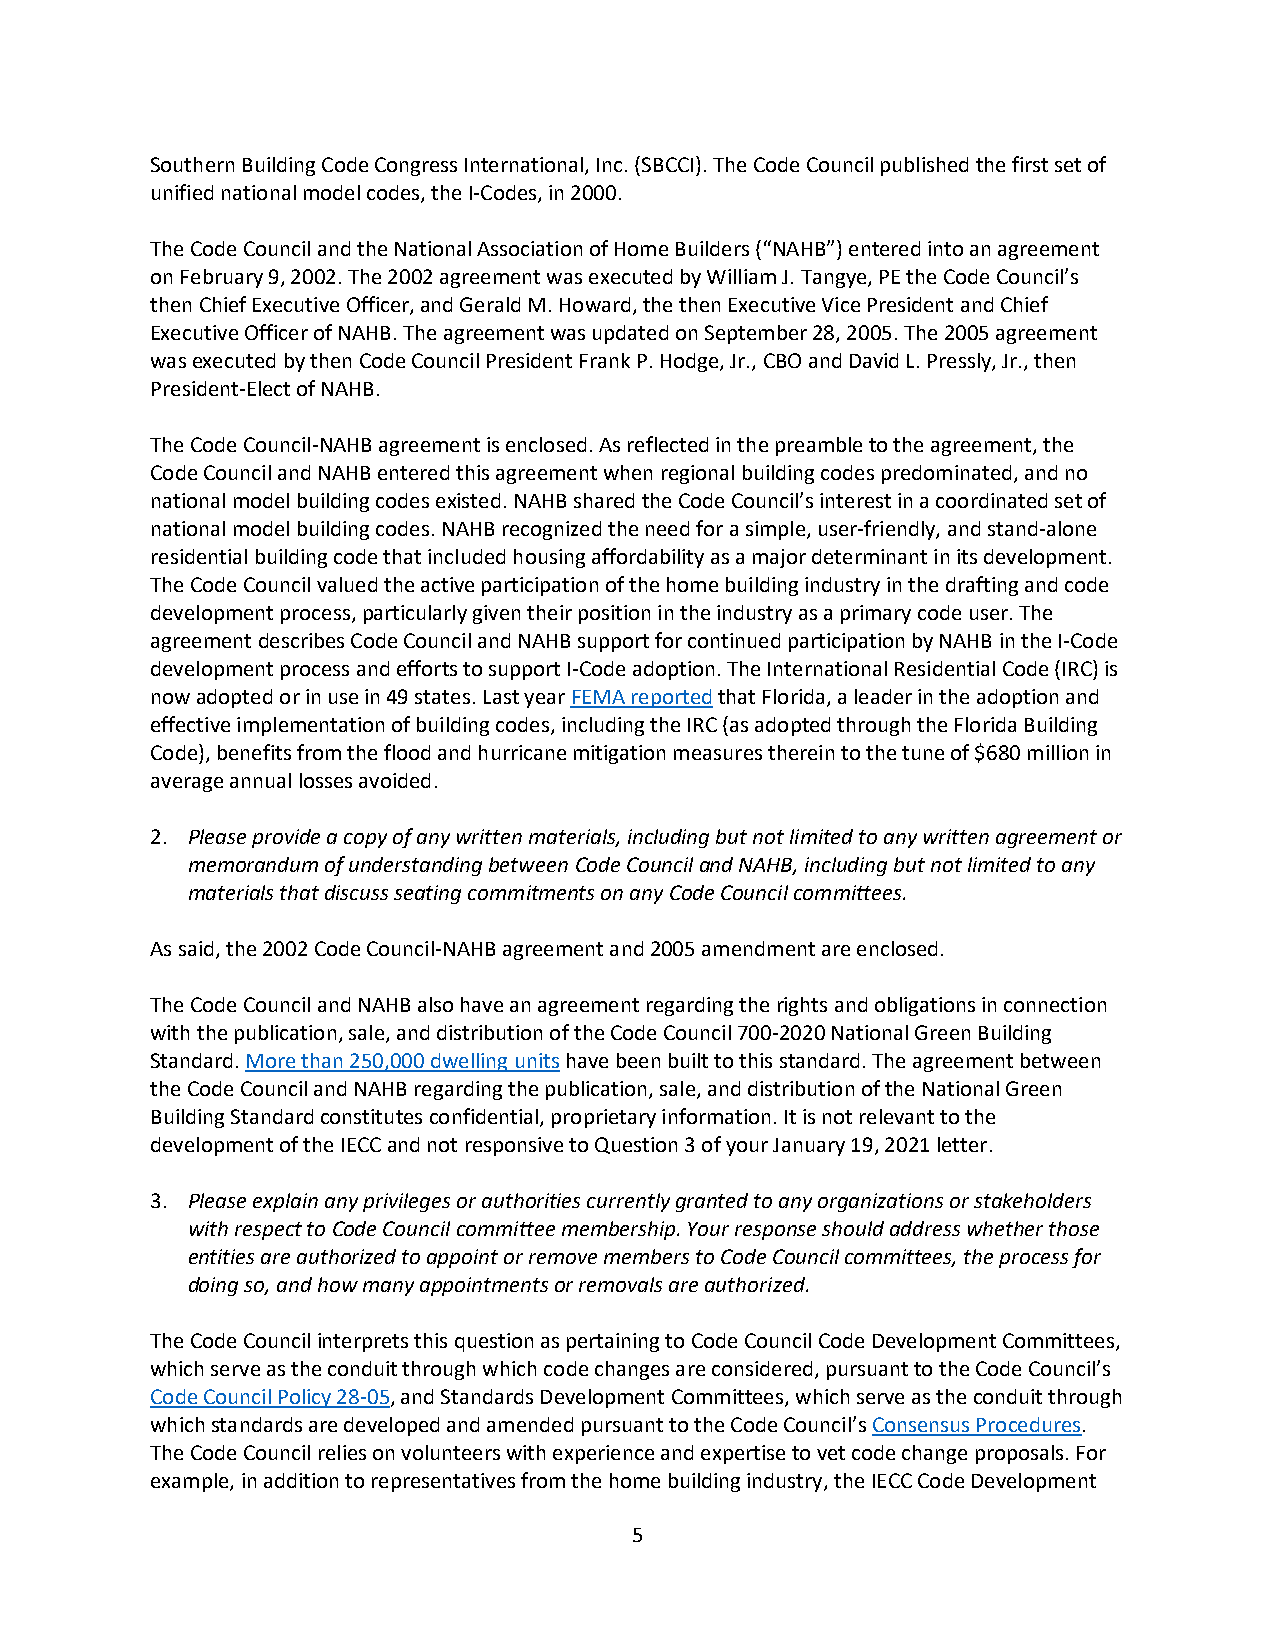
Southern Building Code Congress International, Inc. (SBCCI). The Code Council published the first set of
 unified national model codes, the I-Codes, in 2000.
 The Code Council and the National Association of Home Builders (“NAHB”) entered into an agreement
 on February 9, 2002. The 2002 agreement was executed by William J. Tangye, PE the Code Council’s
 then Chief Executive Officer, and Gerald M. Howard, the then Executive Vice President and Chief
 Executive Officer of NAHB. The agreement was updated on September 28, 2005. The 2005 agreement
 was executed by then Code Council President Frank P. Hodge, Jr., CBO and David L. Pressly, Jr., then
 President-Elect of NAHB.
 The Code Council-NAHB agreement is enclosed. As reflected in the preamble to the agreement, the
 Code Council and NAHB entered this agreement when regional building codes predominated, and no
 national model building codes existed. NAHB shared the Code Council’s interest in a coordinated set of
 national model building codes. NAHB recognized the need for a simple, user-friendly, and stand-alone
 residential building code that included housing affordability as a major determinant in its development.
 The Code Council valued the active participation of the home building industry in the drafting and code
 development process, particularly given their position in the industry as a primary code user. The
 agreement describes Code Council and NAHB support for continued participation by NAHB in the I-Code
 development process and efforts to support I-Code adoption. The International Residential Code (IRC) is
 now adopted or in use in 49 states. Last year FEMA reported that Florida, a leader in the adoption and
 effective implementation of building codes, including the IRC (as adopted through the Florida Building
 Code), benefits from the flood and hurricane mitigation measures therein to the tune of $680 million in
 average annual losses avoided.
 2. Please provide a copy of any written materials, including but not limited to any written agreement or
 memorandum of understanding between Code Council and NAHB, including but not limited to any
 materials that discuss seating commitments on any Code Council committees.
 As said, the 2002 Code Council-NAHB agreement and 2005 amendment are enclosed.
 The Code Council and NAHB also have an agreement regarding the rights and obligations in connection
 with the publication, sale, and distribution of the Code Council 700-2020 National Green Building
 Standard. More than 250,000 dwelling units have been built to this standard. The agreement between
 the Code Council and NAHB regarding the publication, sale, and distribution of the National Green
 Building Standard constitutes confidential, proprietary information. It is not relevant to the
 development of the IECC and not responsive to Question 3 of your January 19, 2021 letter.
 3. Please explain any privileges or authorities currently granted to any organizations or stakeholders
 with respect to Code Council committee membership. Your response should address whether those
 entities are authorized to appoint or remove members to Code Council committees, the process for
 doing so, and how many appointments or removals are authorized.
 The Code Council interprets this question as pertaining to Code Council Code Development Committees,
 which serve as the conduit through which code changes are considered, pursuant to the Code Council’s
 Code Council Policy 28-05, and Standards Development Committees, which serve as the conduit through
 which standards are developed and amended pursuant to the Code Council’s Consensus Procedures.
 The Code Council relies on volunteers with experience and expertise to vet code change proposals. For
 example, in addition to representatives from the home building industry, the IECC Code Development
 5